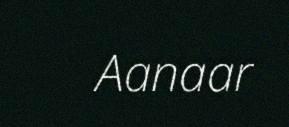
Aanaar